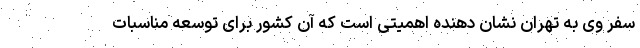
سفر وی به تهران نشان دهنده اهمیتی است که آن کشور برای توسعه مناسبات